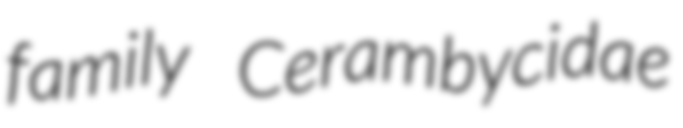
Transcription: family Cerambycidae